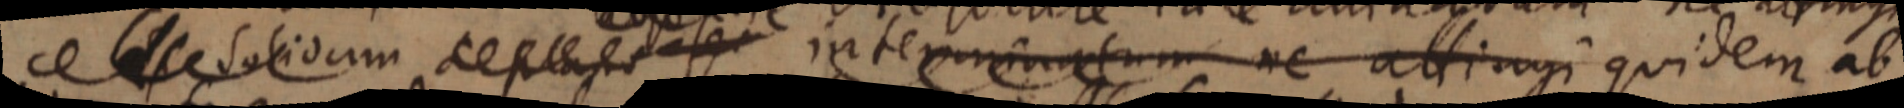
_ solidum _ interminatum ne attingi quidem ab